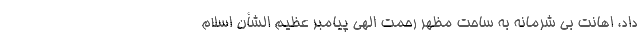
داد، اهانت بی شرمانه به ساحت مظهر رحمت الهی پیامبر عظیم الشأن اسلام